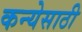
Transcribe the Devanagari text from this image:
कन्येसाठी